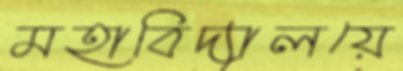
মহাবিদ্যালয়ে